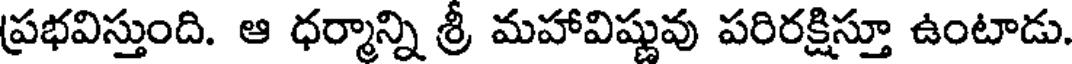
ప్రభవిస్తుంది. ఆ ధర్మాన్ని శ్రీ మహావిష్ణువు పరిరక్షిస్తూ ఉంటాడు.